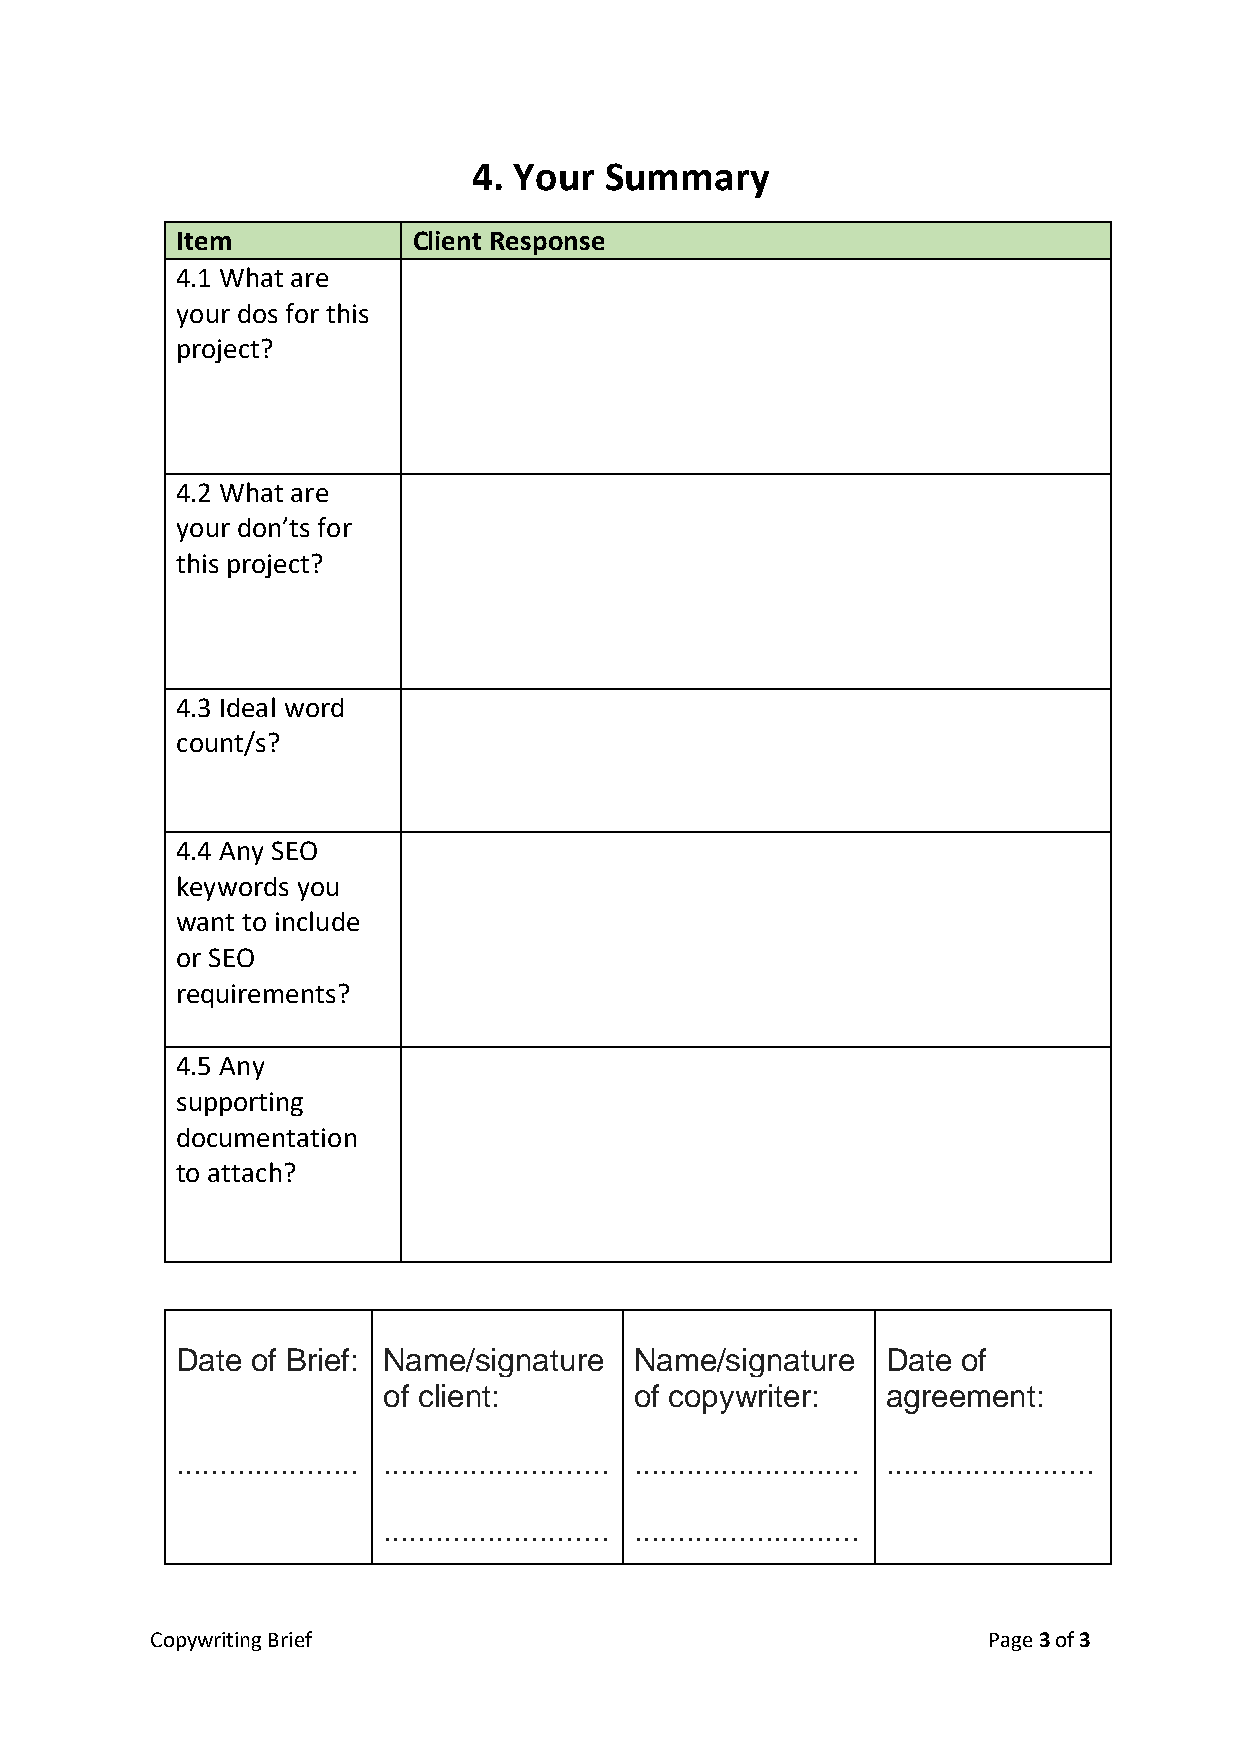
4. Your  Summary
 Item           Client Response
 4.1 What are
 your dos for this
 project?
 4.2 What are
 your don’ts for
 this project?
 4.3 Ideal word
 count/s?
 4.4 Any SEO
 keywords you
 want to include
 or SEO
 requirements?
 4.5 Any
 supporting
 documentation
 to attach?
 Date of Brief: Name/signature Name/signature   Date of
 of client:       of copywriter:   agreement:
 ..................... .......................... .......................... ........................
 .......................... ..........................
 Copywriting Brief                                      Page 3 of 3